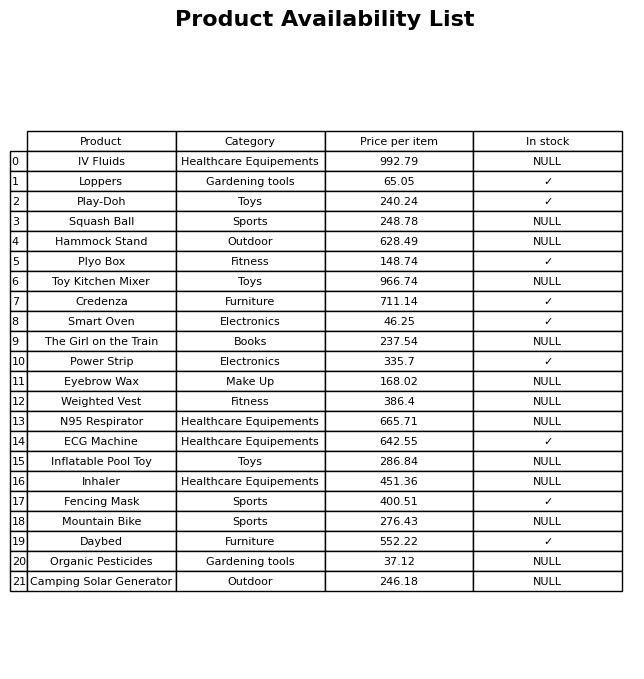
question: What is the price for Inhaler?
answer: The price of Inhaler is 451.36.